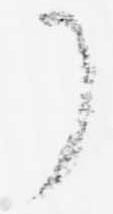
了